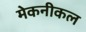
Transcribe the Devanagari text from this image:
मेकनीकल